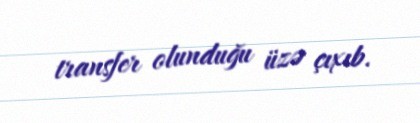
transfer olunduğu üzə çıxıb.